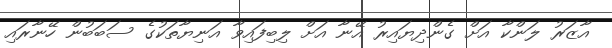
އާޒަރު ލަންކާ އަށް ގެންދިޔައިރު އޭނާ އަށް ލިބިފައިވާ އަނިޔާތަކުގެ ސަބަބުން ހޭނާރައި